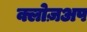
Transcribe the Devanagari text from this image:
क्लोज़अप